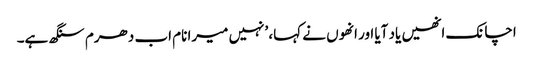
اچانک انھیں یاد آیا اور انھوں نے کہا، ’نہیں میرا نام اب دھرم سنگھ ہے۔